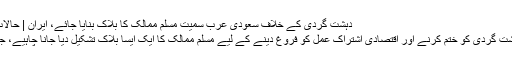
دہشت گردی کے خلاف سعودی عرب سمیت مسلم ممالک کا بلاک بنایا جائے، ایران | حالات حاضرہ | DW | 11.12.2016
ایران نے تجویز پیش کی ہے کہ دہشت گردی کو ختم کرنے اور اقتصادی اشتراک عمل کو فروغ دینے کے لیے مسلم ممالک کا ایک ایسا بلاک تشکیل دیا جانا چاہیے، جس میں سعودی عرب بھی شامل ہو۔